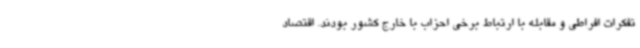
تفکرات افراطی و مقابله با ارتباط برخی احزاب با خارج کشور بودند. اقتصاد